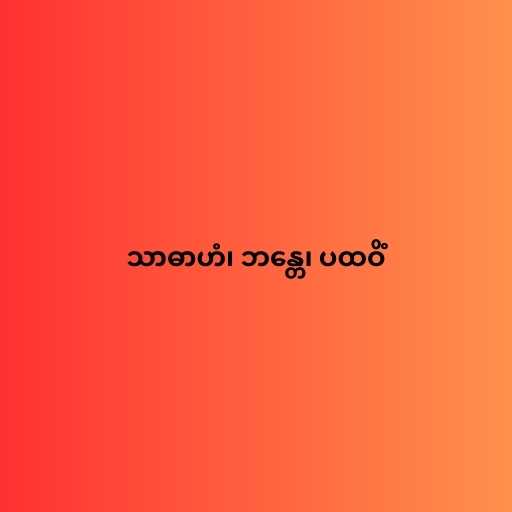
သာဓာဟံ၊ ဘန္တေ၊ ပထဝိံ